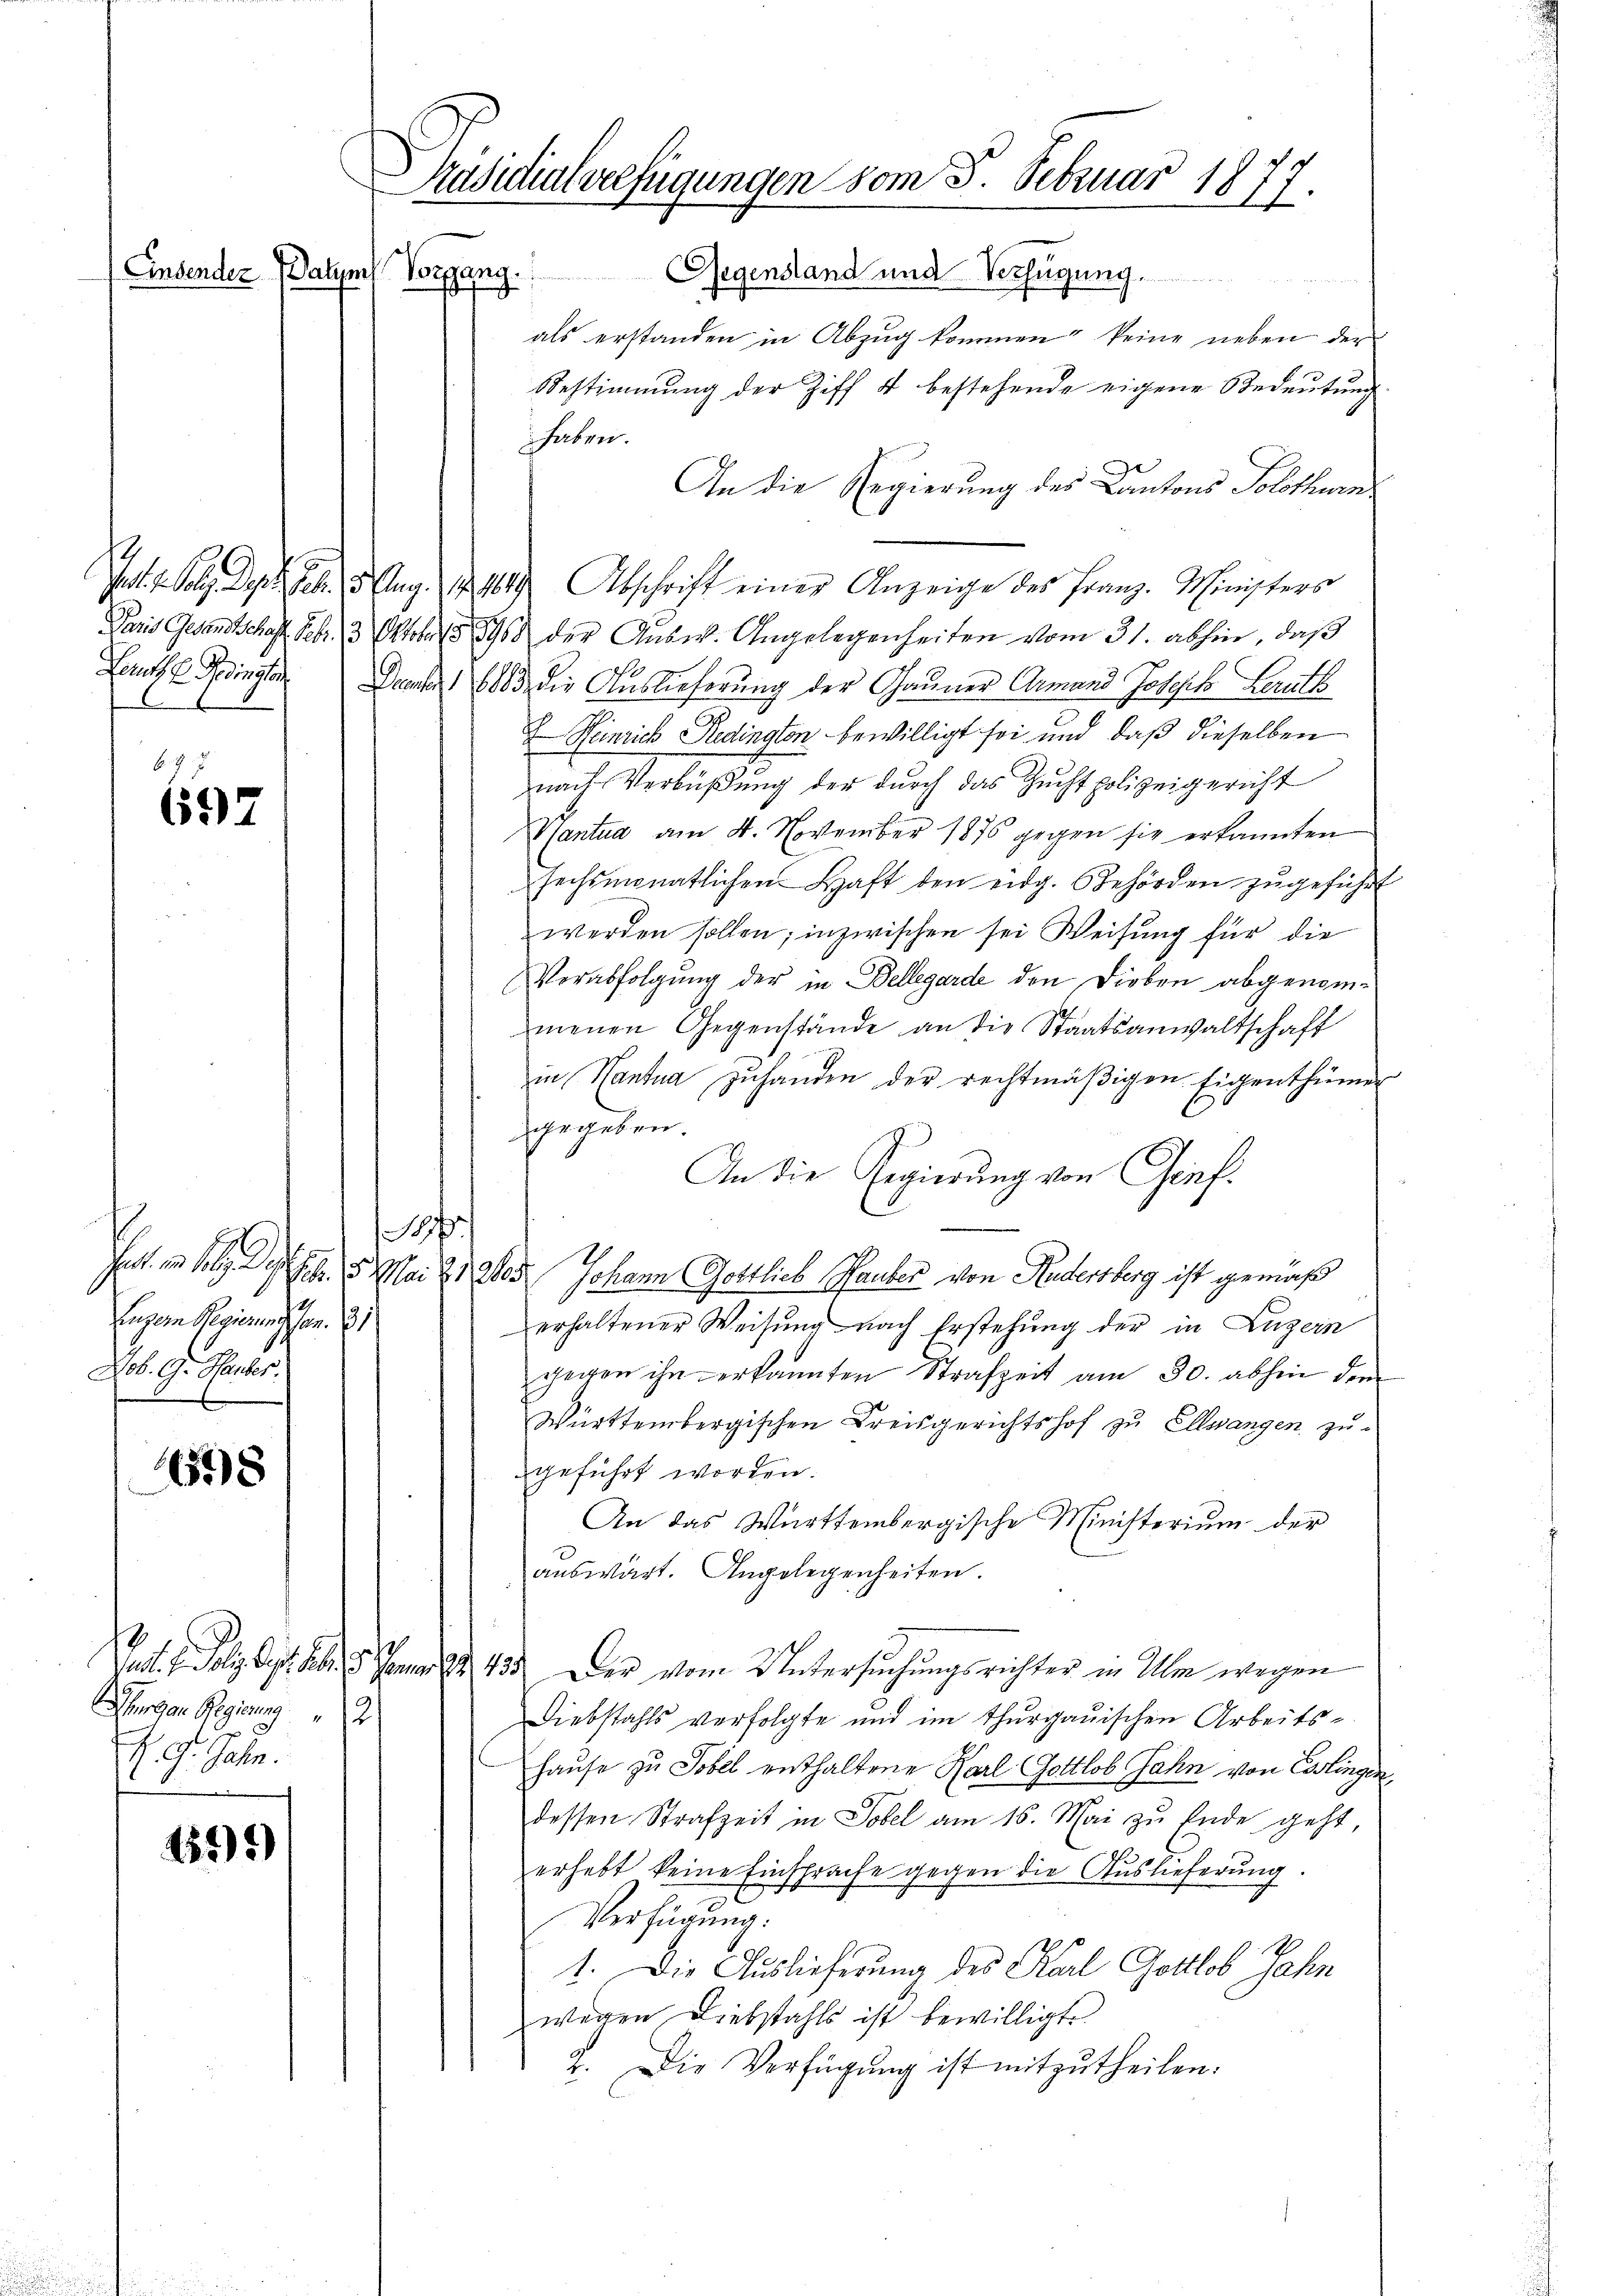
b. 2
697

Fr. 1890.
Eigen Regierung von 831.
Lob. G. Hauber.

1598

Hungen Regierung
I
R. G. Jahn.

155)

Präsidialverfügungen vom 5. Februar 1877.
Einsender Patzes Vorgang.

Gegenstand und Verfügung.

als erstanden in Abzug kommen, keine neben der
Bestimmung der Ziff 4 bestehende eigene Bedeutung
haben.
An die Regierung des Cantons Solothurn
Jat. Sol des Gebung 147 Abschrift einer Anzeige des Franz-Ministers
Paris Gesandtschaft. Febr. 13 Oktober 1896 der Ausw. Angelegenheiten vom 31. abhin, daß
Laut Bedingten. Den 1883 die Auslieferung der Gauner Armand Joseph Leruth
x Weinrich Redington bewilligt sei und daß dieselben
nach Verbüßung der durch das Zuchtpolizeigericht
Hantua am 4. November 1876 gegen sie erkannten
sechsmonatlichen Haft den eidg. Behörden zŭgeführt
werden sollen; inzwischen sei Weisung für die
Verabfolgung der in Bellegarde den Dieben abgenommenen Gegenstände an die Staatsanwaltschaft
in Hantua zŭ handen der rechtmäβigen Eigenthümer
gegeben.
An die Regierung von Gief:
/
Febr. 5. Mai 21. 205. Johann Gottlich Rauber von Rudersberg ist gemäß
erhaltener Weisung nach Erstehung der in Luzern
gegen ihn erkannten Strafzeit am 30. abhin den
Württembergischen Kreisgerichtshof zu Ellsangen zugeführt worden.
An das Württembergische Ministerium der
auswärt. Angelegenheiten.
Tat. v. Poly ist. . . . 435. Der vom Untersuchungsrichter in Ulm wegen
Diebstahls verfolgte und im Thurgauischen Arbeits-
Hause zu Tobel enthaltene Karl Gottlob Jahn von Esslingen,
dessen Strafzeit in Tobel am 16. Mai zu Ende geht,
erhebt keine Einsprache gegen die Auslieferung.
Verfügung:
1. Die Auslieferung des Karl Gottlob Jahn
wegen Liebstahls ist bewilligt.
2. Die Verfügung ist mitzutheilen: